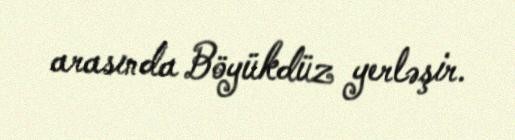
arasında Böyükdüz yerləşir.